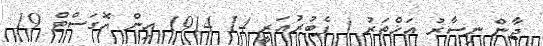
ޖާން ނިސާރު އަޚްތަރު ( ފެބުރުއަރީ 14 1914 އިން އޮގަސްޓް 19